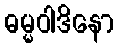
ဓမ္မဝါဒိနော